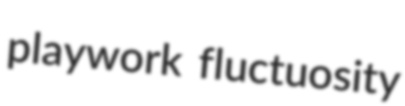
playwork fluctuosity